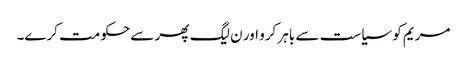
مریم کو سیاست سے باہر کرو اور ن لیگ پھر سے حکومت کرے۔